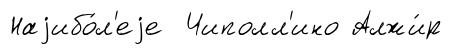
Наjибо́л'еjе Чиполл'ино Алжи́р